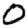
Digit: 0